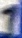
Text: 1